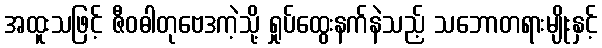
အထူးသဖြင့် ဇီဝဓါတုဗေဒကဲ့သို့ ရှုပ်ထွေးနက်နဲသည့် သဘောတရားမျိုးနှင့်